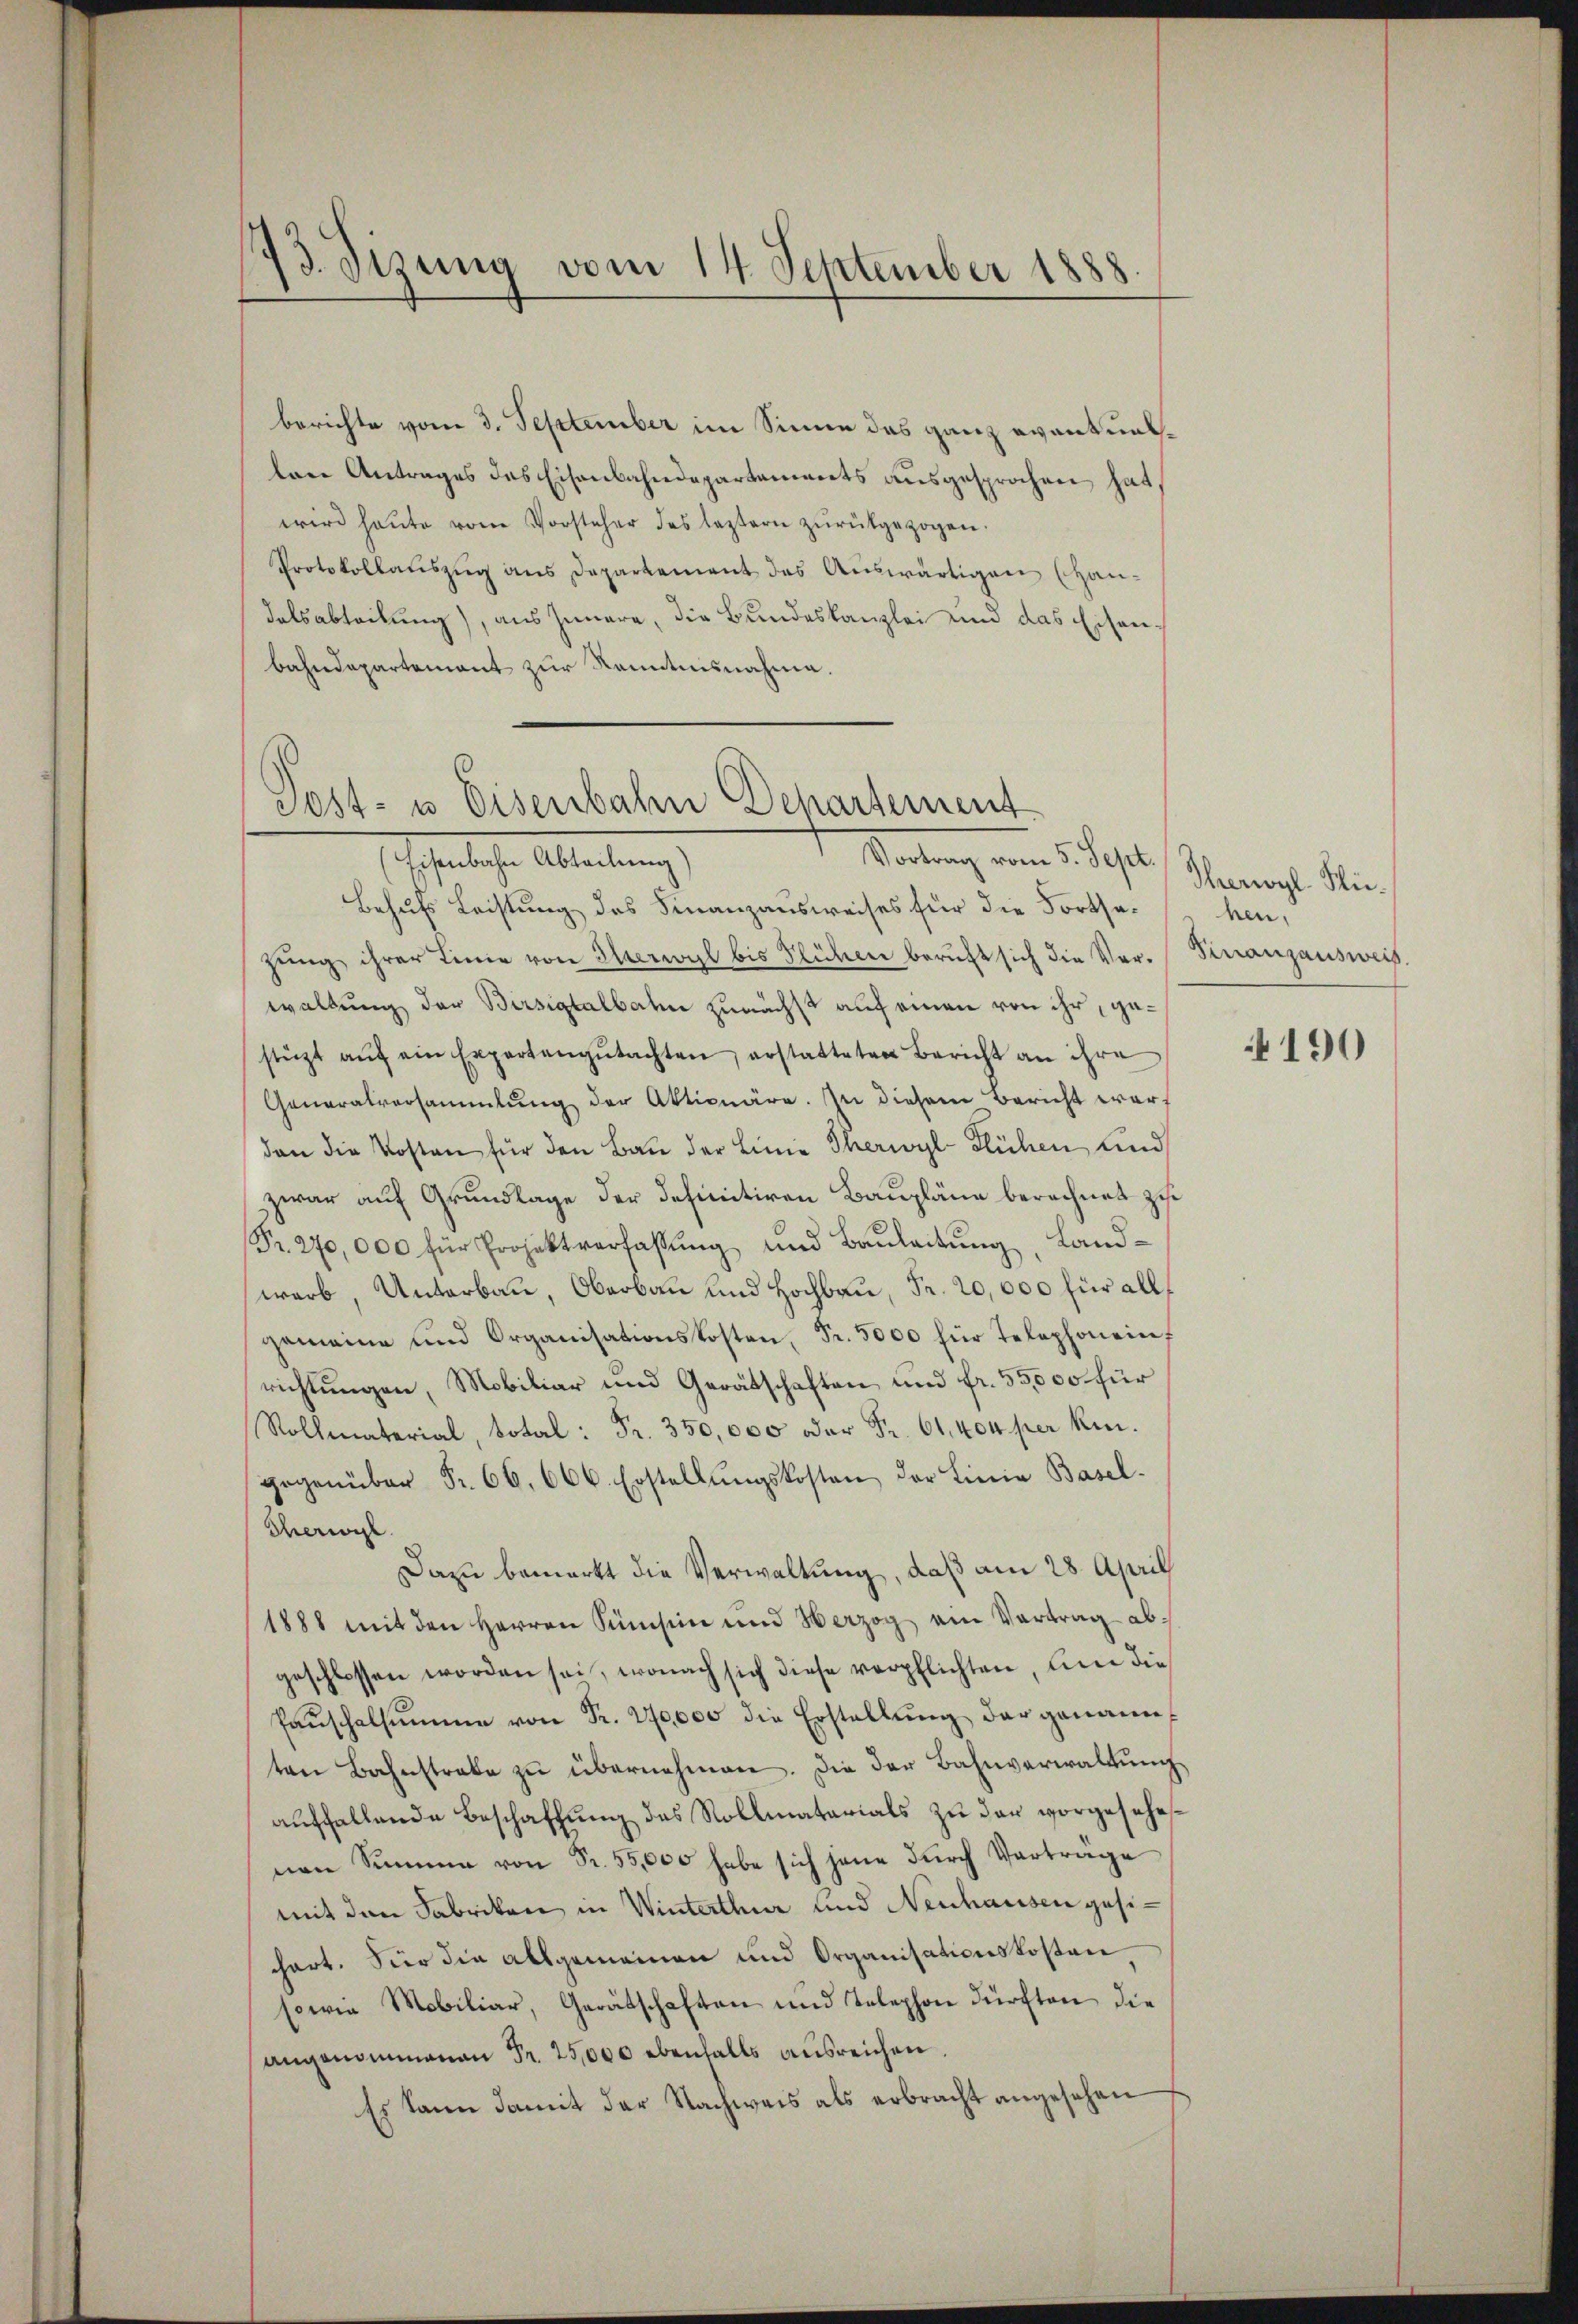
73. Sisung vom 14. September 1888

berichte vom 3. September im Sinne das ganz eventuallare Antrages des Eisenbahndepartements ausgesprochen hat,
wird heute vom Vorsteher des leztern zurückgezogen.
Protokollauszug aus Departement das Auswärtigen (Han-
dalsabteilung), aus Innere, die Bundeskanzlei und das Eisenbahndepartement zur Kenntnisnahme.

Post- u. Eisenbahn Departement
Vortrag vom 5. Sept.

Escherliche Ableitunge
Behufs Leistung des Finanzausweises für die Fortsezung ihrer Linie von Ihrerwyl bis Slühen beruft sich die Verwaltung der Birsigtalbahn zunächst auf einen von ihr, gestüzt aŭf ein Expertengŭtachten, erstatteten Bericht an ihre
Generalversammlung der Aktionäre. In diesem Bericht war
dan die Kosten für den Bau der Linie Therwyl-Flühen, und
zwar auf Grundlage der definitiven Baupläne berechnet zu
Fr. 270,000 für Projektverfassung und Bauleitung, Landwarb, Unterbau, Oberbau und Hochbau, Fr. 20,000 für all
gemeine und Organisationskosten, Fr. 5000 für Telephonein,
richtungen, Mobiliar und Gerätschaften und fr. 55,000 für
Rollmaterial, total: Fr. 350,000 oder Fr. 61, 404 per kingegenüber Fr. 66. 666. Erstellŭngskosten der Linie Basel-
Therige
Dazu bemerkt die Verwaltung, daß am 28. April
1888 mit den Herren Sumsin und Verzog ein Vortrag abgeschlossen worden sei, wonach sich diese verpflichten um die
Paŭschalsumme von Fr. 270,000 die Erstellŭng der genannten Bahnstrafe zŭ übernehmen. Die der Bahnverwaltŭng
auffallende Beschaffung des Rollmatarials zu der vorgesehenen Summe von Sr. 55,000 habe sich jene durch Verträge
mit den Fabrikon in Winterthur und Neuhausen gesichart. Für die allgemeinen und Organisationskosten
sowie Mobiliar, Gerätschaften und Telephon dürften die
angenommenen Fr. 25,000 ebenfalls ausreichen
Es kann damit der Nachweis als erbracht angesehen

Therwyl Hiehen.
Vinanzausweis

190